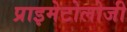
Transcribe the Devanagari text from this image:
प्राइमेटोलोजी